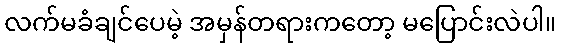
လက်မခံချင်ပေမဲ့ အမှန်တရားကတော့ မပြောင်းလဲပါ။